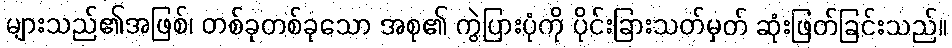
များသည်၏အဖြစ်၊ တစ်ခုတစ်ခုသော အစု၏ ကွဲပြားပုံကို ပိုင်းခြားသတ်မှတ် ဆုံးဖြတ်ခြင်းသည်။